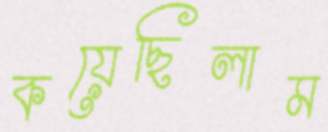
কয়েছিলাম